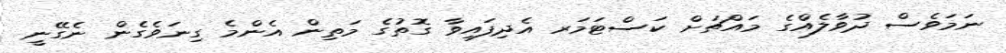
ނަމަވެސް ދުވާލެއްގެ މައްޗަށް ކަސްޓަމަރ އެދިފައިވާ ގޮތުގެ މަތިން އެންމެ ގިނަވެގެން ނެގޭނީ